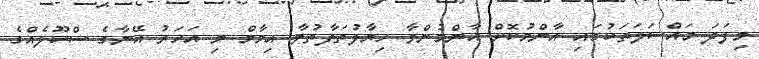
މިފަދަ މައްސަލަތަކުގައި އާންމުކޮށް އާންމުންވާ ހިޔާލުތަފާތުވާ އިމާމް މި އަހަރު އޭނާގެ ސްކޫލެއްގެ